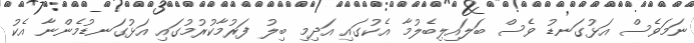
ނަމަވެސް އަޅުގަނޑު ވެސް ބަލައިލިބެލުމާ އެކުގައި އަދިމި ބިލު ފަރުމާކުރުމުގައި އަޅުގަނޑުމެންނާ އެކު